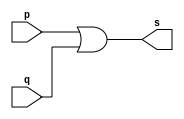
// ------------------------- 
// Exemplo0004 - OR 
// Nome: Gustavo Jota Resende 
// ------------------------- 
// ------------------------- 
// -- or gate 
// ------------------------- 
module orgate ( output s, 
input p, q); 
assign s = p | q; 
endmodule // orgate 
// --------------------- 
// -- test or gate 
// --------------------- 
module testorgate; 
// ------------------------- dados locais 
reg a, b; // definir registradores 
wire s; // definir conexao (fio) 
// ------------------------- instancia 
orgate OR1 (s, a, b); 
// ------------------------- preparacao 
initial begin:start 
a=0; b=0; 
end 
// ------------------------- parte principal 
initial begin 
$display("Exemplo0004 - Gustavo Jota Resende - 427413"); 
$display("Test OR gate"); 
$display("\na & b = s\n"); 
a=0; b=0; 
#1 $display("%b  |  %b = %b", a, b, s); 
a=0; b=1; 
#1 $display("%b |  %b = %b", a, b, s); 
a=1; b=0; 
#1 $display("%b |  %b = %b", a, b, s); 
a=1; b=1; 
#1 $display("%b |  %b = %b", a, b, s); 
end 
endmodule // testorgate 

// 
// Versao Teste 
// 0.1 01. ( OK ) identificacao de programa 
// Resultados: 0=0, 1=1, 0=0
// 0.1 02. ( OK ) identificacao de programa 
// Resultados: ~0=1, ~1=0 
// 0.1 03. ( OK ) identificacao de programa 
// Resultados: 0 & 0 = 0,  0&1=0, 1&0=0, 1&1=1 
// 0.1 04. ( OK ) identificacao de programa 
// Resultados: 0 |  0 = 0, 0| 1=1, 1| 0=1, 1| 1=1